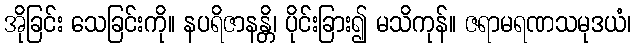
အိုခြင်း သေခြင်းကို။ နပရိဇာနန္တိ၊ ပိုင်းခြား၍ မသိကုန်။ ဇရာမရဏသမုဒယံ၊